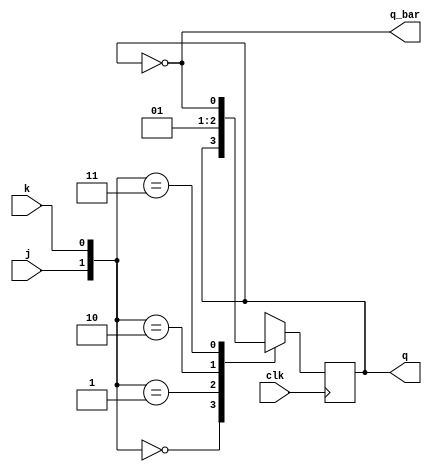
module jk_flip_flop(j,k,clk,q,q_bar);
	input j,k,clk;
	output reg q;
	output q_bar;
	
	always@(posedge clk) begin
		case({j,k})
			2'b00: q <= q;
			2'b01: q <= 1'b0; 
			2'b10: q <= 1'b1;
			2'b11: q <= ~q;
		endcase
	end
		
	assign q_bar = ~q;
	
endmodule